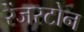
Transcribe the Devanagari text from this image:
रेंजरटोन